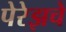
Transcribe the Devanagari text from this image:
पेरेझचे